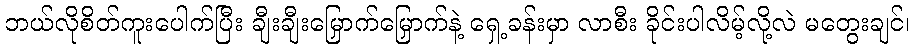
ဘယ်လိုစိတ်ကူးပေါက်ပြီး ချီးချီးမြှောက်မြှောက်နဲ့ ရှေ့ခန်းမှာ လာစီး ခိုင်းပါလိမ့်လို့လဲ မတွေးချင်၊